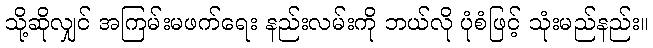
သို့ဆိုလျှင် အကြမ်းမဖက်ရေး နည်းလမ်းကို ဘယ်လို ပုံစံဖြင့် သုံးမည်နည်း။